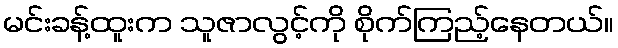
မင်းခန့်ထူးက သူဇာလွင့်ကို စိုက်ကြည့်နေတယ်။